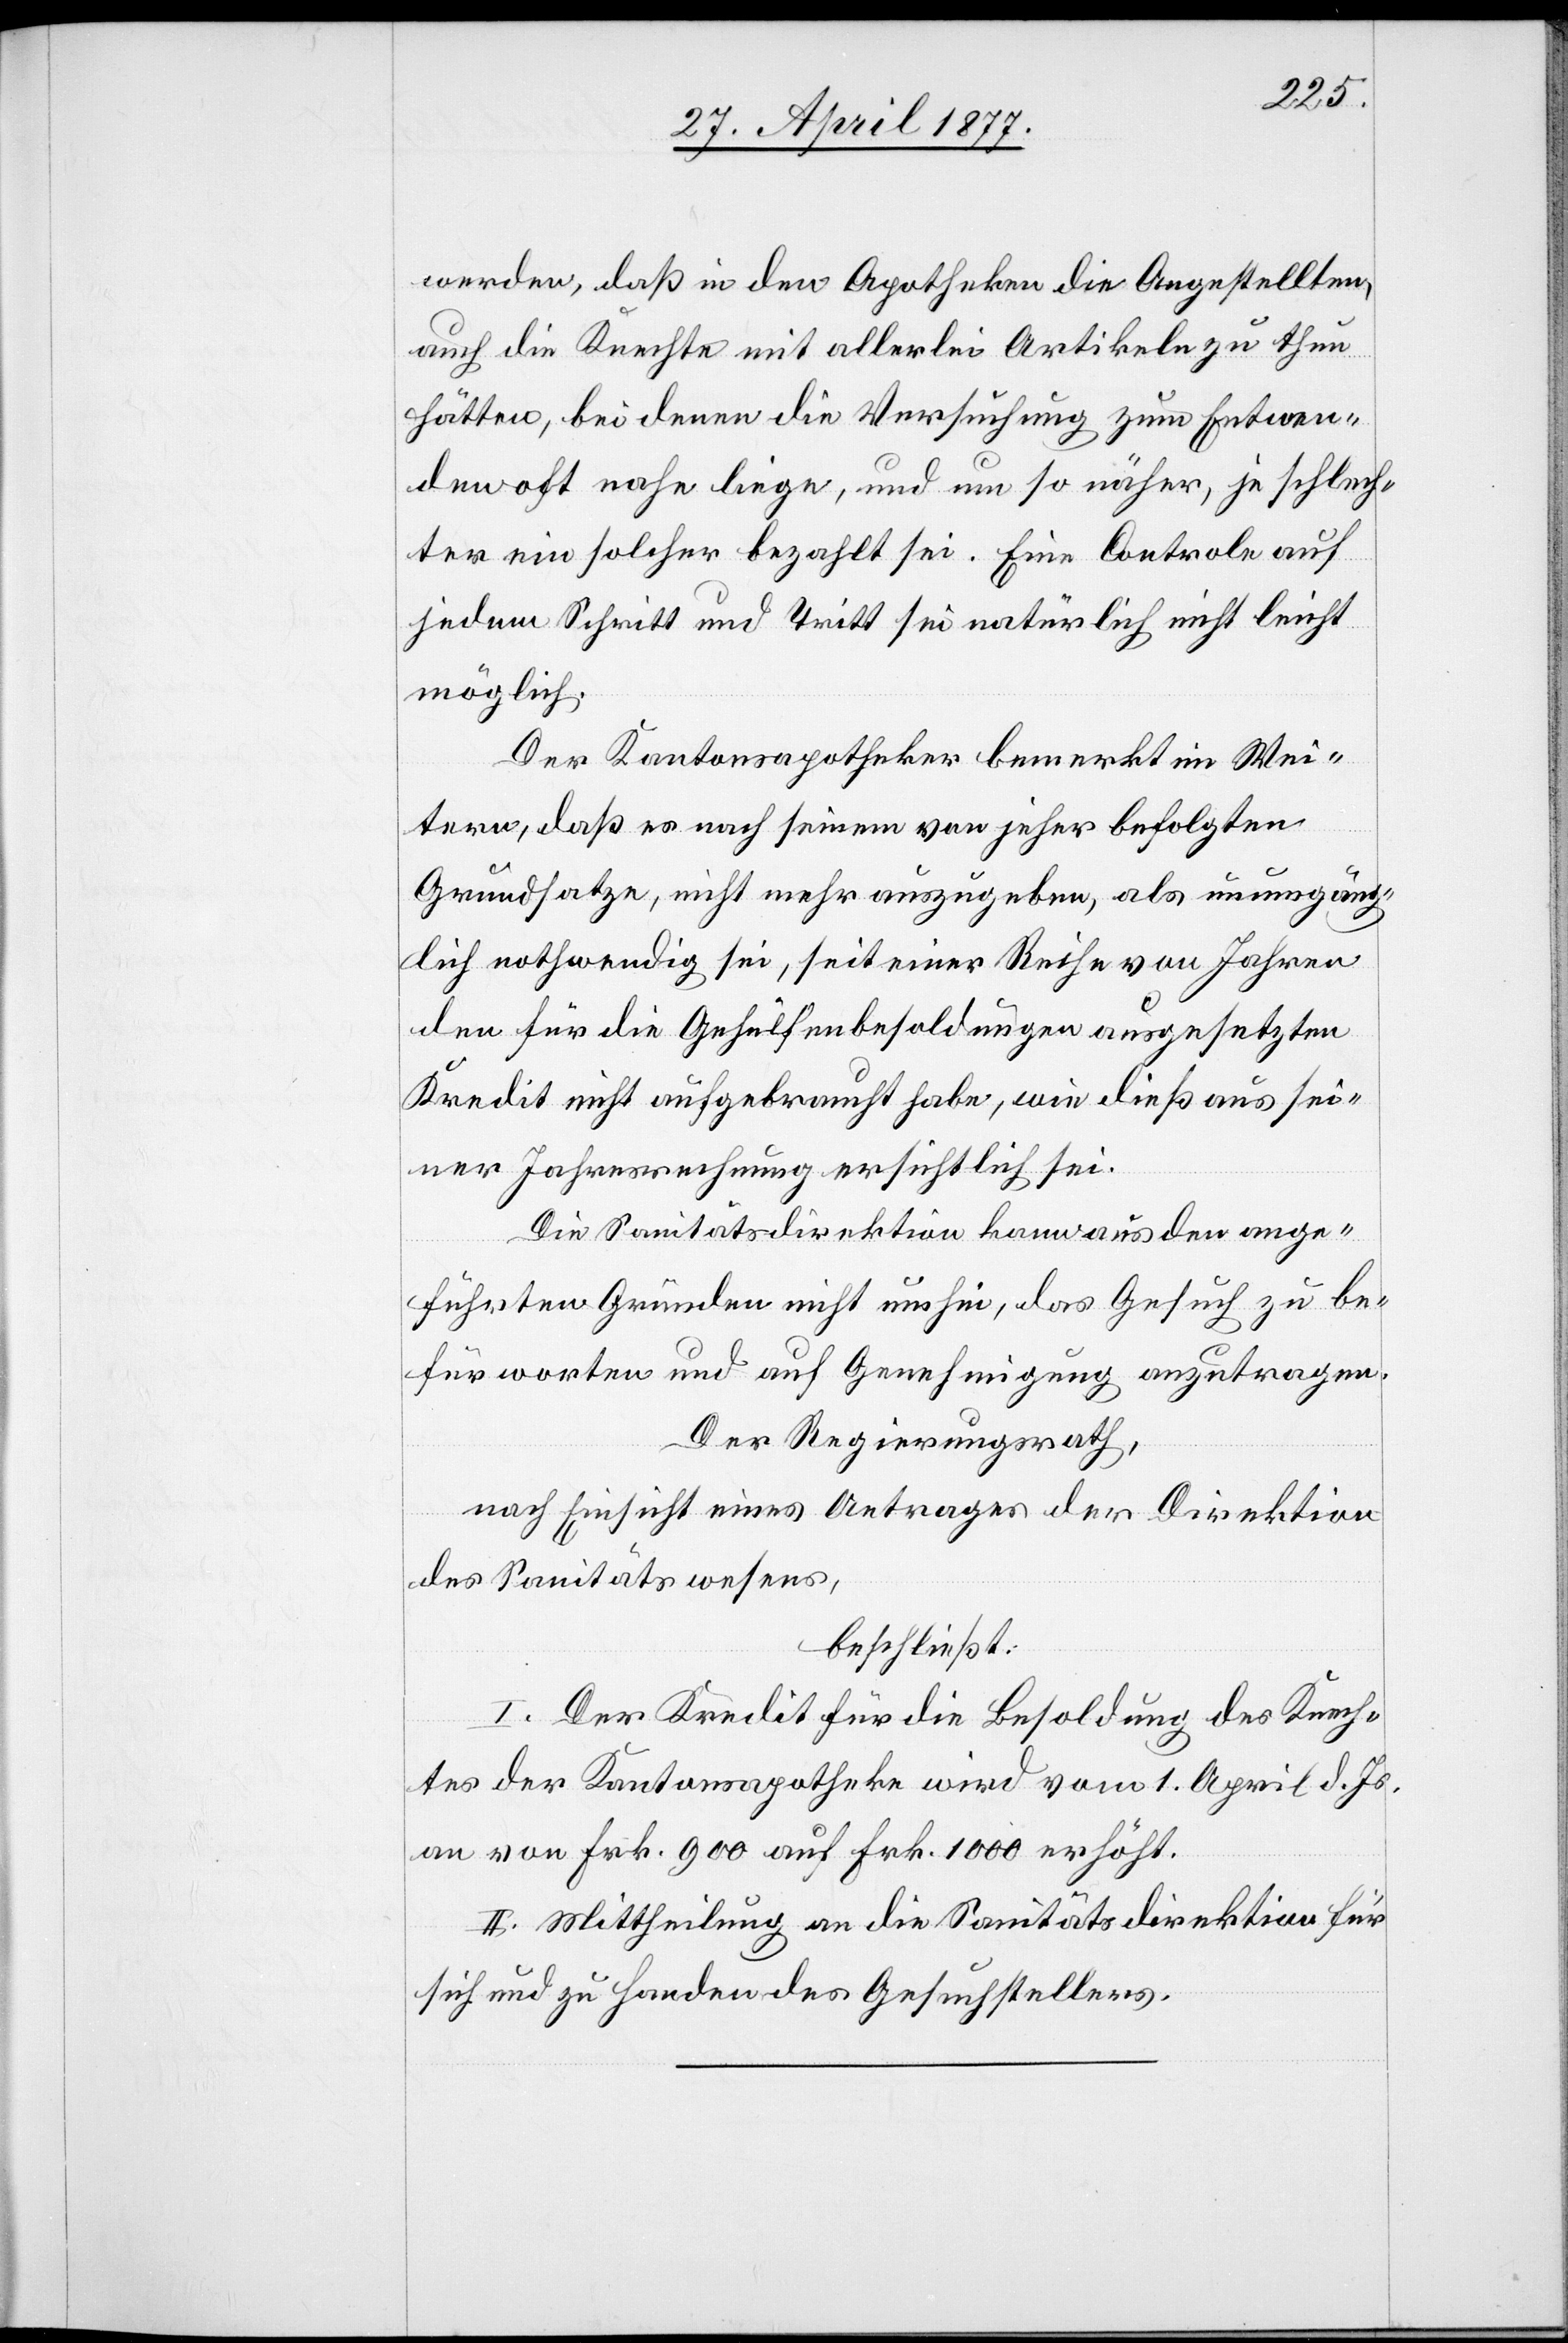
werden, daß in den Apotheken die Angestellten,
auch die Knechte mit allerlei Artikeln zu thun
hätten, bei denen die Versuchung zum Entwen¬
den oft nahe liege, und um so näher, je schlech¬
ter ein solcher bezahlt sei. Eine Controle auf
jedem Schritt und Tritt sei natürlich nicht leicht
möglich.
Der Kantonsapotheker bemerkt im Wei¬
tern, daß es nach seinem von jeher befolgten
Grundsatze, nicht mehr auszugeben, als unumgäng¬
lich nothwendig sei, seit einer Reihe von Jahren
den für die Gehülfenbesoldungen ausgesetzten
Kredit nicht aufgebraucht habe, wie dieß aus sei¬
ner Jahresrechnung ersichtlich sei.
Die Sanitätsdirektion kann aus den ange¬
führten Gründen nicht umhin, das Gesuch zu be¬
fürworten und auf Genehmigung anzutragen.
Der Regierungsrath,
nach Einsicht eines Antrages der Direktion
des Sanitätswesens,
beschließt:
I. Der Kredit für die Besoldung des Knech¬
tes der Kantonsapotheke wird vom 1. April d. Js.
an von Frk. 900 auf Frk. 1000 erhöht.
II. Mittheilung an die Sanitätsdirektion für
sich und zu Handen des Gesuchstellers.